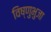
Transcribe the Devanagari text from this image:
विष्णुभुजा